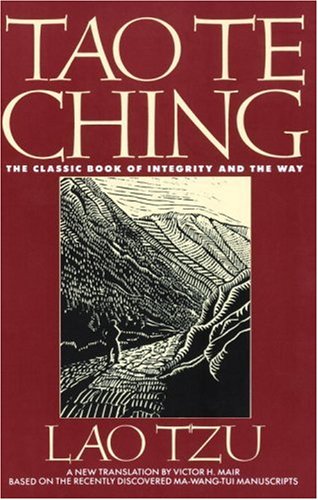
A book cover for Tao Te Ching: The Classic Book of Integrity and the Way; Lao Tzu; Religion & Spirituality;